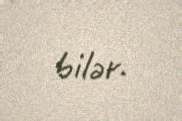
bilər.